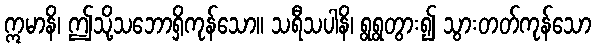
ဣမာနိ၊ ဤသို့သဘောရှိကုန်သော။ သရီသပါနိ၊ ရွရွတွား၍ သွားတတ်ကုန်သော